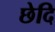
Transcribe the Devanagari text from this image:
छेदि